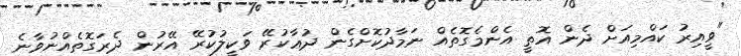
"ވީއިރު ކައްމިއަށް ދެން އޮތީ އެންމެގޮތެއް ނަމާދުކޮށްގެން ދުޢާކުރޭ ވަކީލުކުރޭ އޭރުން ދެރަގޮތެއްނުވާނެ